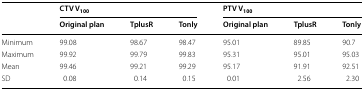
<table><thead><tr><td rowspan="2"></td><td colspan="3"><b>CTV V<sub>100</sub></b></td><td colspan="3"><b>PTV V<sub>100</sub></b></td></tr><tr><td><b>Original plan</b></td><td><b>TplusR</b></td><td><b>Tonly</b></td><td><b>Original plan</b></td><td><b>TplusR</b></td><td><b>Tonly</b></td></tr></thead><tbody><tr><td>Minimum</td><td>99.08</td><td>98.67</td><td>98.47</td><td>95.01</td><td>89.85</td><td>90.7</td></tr><tr><td>Maximum</td><td>99.92</td><td>99.79</td><td>99.83</td><td>95.31</td><td>95.01</td><td>95.03</td></tr><tr><td>Mean</td><td>99.46</td><td>99.21</td><td>99.29</td><td>95.17</td><td>91.91</td><td>92.51</td></tr><tr><td>SD</td><td>0.08</td><td>0.14</td><td>0.15</td><td>0.01</td><td>2.56</td><td>2.30</td></tr></tbody></table>